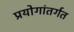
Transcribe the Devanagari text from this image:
प्रयोगांतर्गत